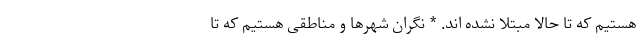
هستیم که تا حالا مبتلا نشده اند. * نگران شهرها و مناطقی هستیم که تا